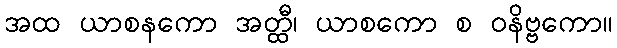
အထ ယာစနကော အတ္ထီ၊ ယာစကော စ ဝနိဗ္ဗကော။